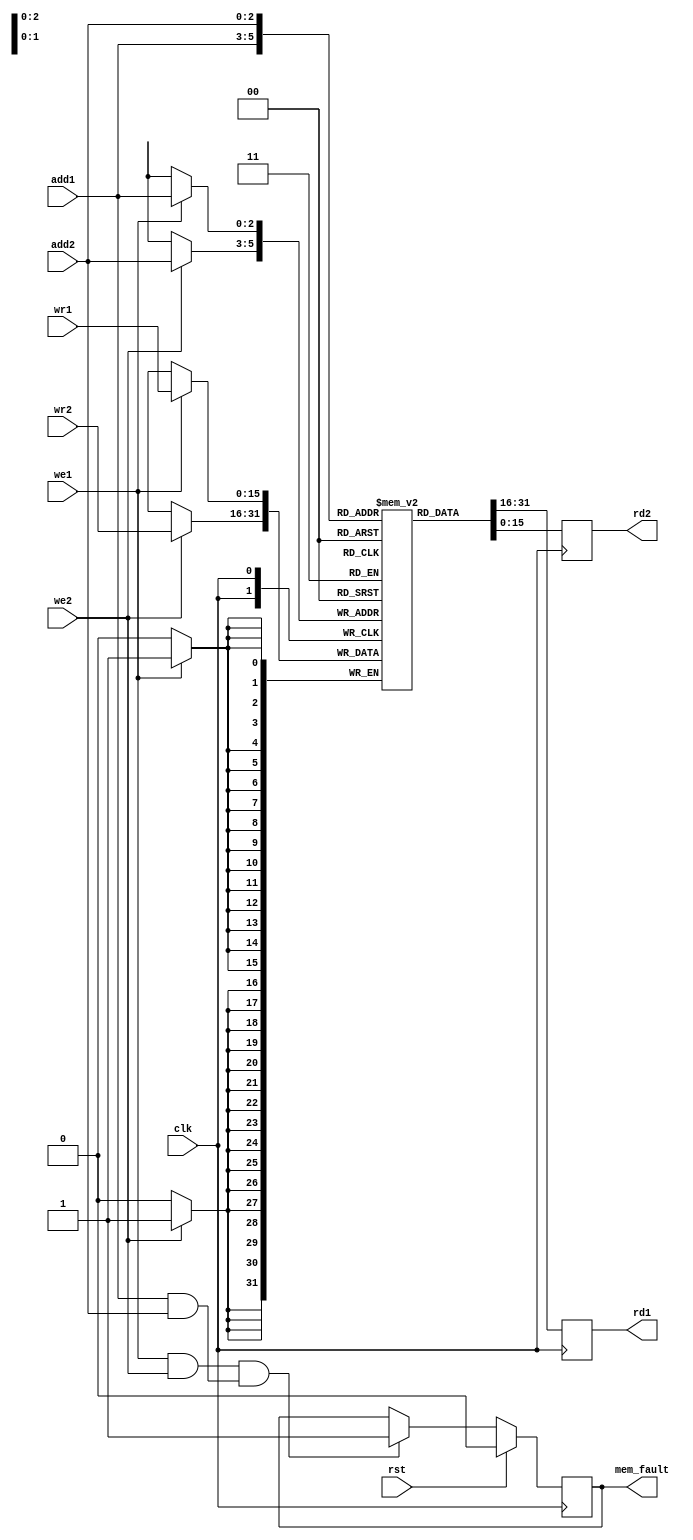
module reg_array_dual(clk, rst, we1, we2, add1, add2, wr1, wr2, mem_fault, rd1, rd2);

	// Parameter Definitions

	parameter width = 'd16; // Register Array Width
	parameter depth = 'd8; // Register Array Depth
	parameter add_width = 'd3; // Register Addressing Width

	// Inputs

	input wire clk /* System Clock */, rst /* System Reset. Resets Memory Fault Flag. */; // Management Interfaces
	input wire we1 /* Write Enable to Port I */, we2 /* Write Enable to Port II */; // Control Interfaces
	input wire [add_width-1:0] add1 /* Address for Port I */, add2 /* Address for Port I */;
	input [width-1:0] wr1 /* Write Port I */, wr2 /* Write Port II */;

	// Outputs

	output reg mem_fault /* Memory Write Collision Fault Flag */;
	output reg [width-1:0] rd1 /* Read Port I */, rd2 /* Read Port II */;

	// Internal

	reg [width-1:0] mem_arr [0:depth-1] /* Memory Array */;

	// Fault Logic

	always@(posedge clk) begin
		if(rst) mem_fault <= 1'b0;
		else if((we1 && we2) && (add1 && add2)) mem_fault <= 1'b1;
	end

	// Memory Read Block

	always@(posedge clk) begin
		rd1 [width-1:0] <= mem_arr[add1] [width-1:0]; // Read to Port I if re1 is true.
		rd2 [width-1:0] <= mem_arr[add2] [width-1:0]; // Read to Port II if re2 is true.
	end

	// Memory Write Block

	always@(posedge clk) begin
		if(we1) mem_arr[add1] [width-1:0] <= wr1 [width-1:0]; // Write from Port I if we1 is true.
		if(we2) mem_arr[add2] [width-1:0] <= wr2 [width-1:0]; // Write from Port II if we2 is true.
	end

endmodule